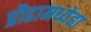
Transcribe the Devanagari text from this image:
प्रौढामध्येहा